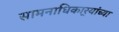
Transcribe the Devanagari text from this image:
सामनाधिकार्‍यांच्या